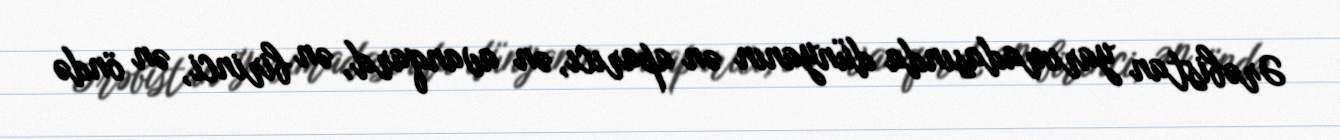
Ərəbistan yarımadasında dünyanın ən aparıcı, ən avanqard, ən birinci, ən öndə